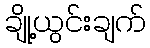
ချို့ယွင်းချက်